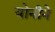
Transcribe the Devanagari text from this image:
योनीने